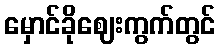
မှောင်ခိုဈေးကွက်တွင်